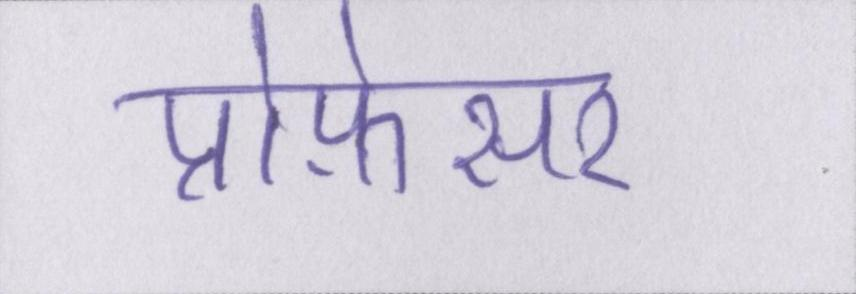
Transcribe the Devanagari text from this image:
प्रोफ़ेसर